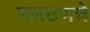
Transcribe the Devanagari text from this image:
मलठणचे